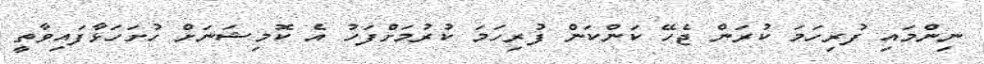
ނިންމައި ފުރިހަމަ ކުރަން ޖެހޭ ކަންކަން ފުރިހަމަ ކުރުމަށްފަހު އެ ކޮމިޝަނަށް ހުށަހަޅާފައިވާތީ